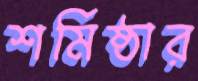
শর্মিষ্ঠার